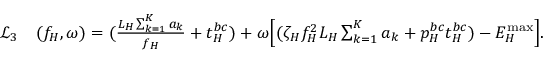
\begin{array} { r l } { \mathcal { L } _ { 3 } } & { ( f _ { H } , \omega ) = ( \frac { L _ { H } \sum _ { k = 1 } ^ { K } a _ { k } } { f _ { H } } + t _ { H } ^ { b c } ) + \omega \Big [ ( \zeta _ { H } f _ { H } ^ { 2 } L _ { H } \sum _ { k = 1 } ^ { K } a _ { k } + p _ { H } ^ { b c } t _ { H } ^ { b c } ) - { { E } } _ { H } ^ { \operatorname* { m a x } } \Big ] . } \end{array}